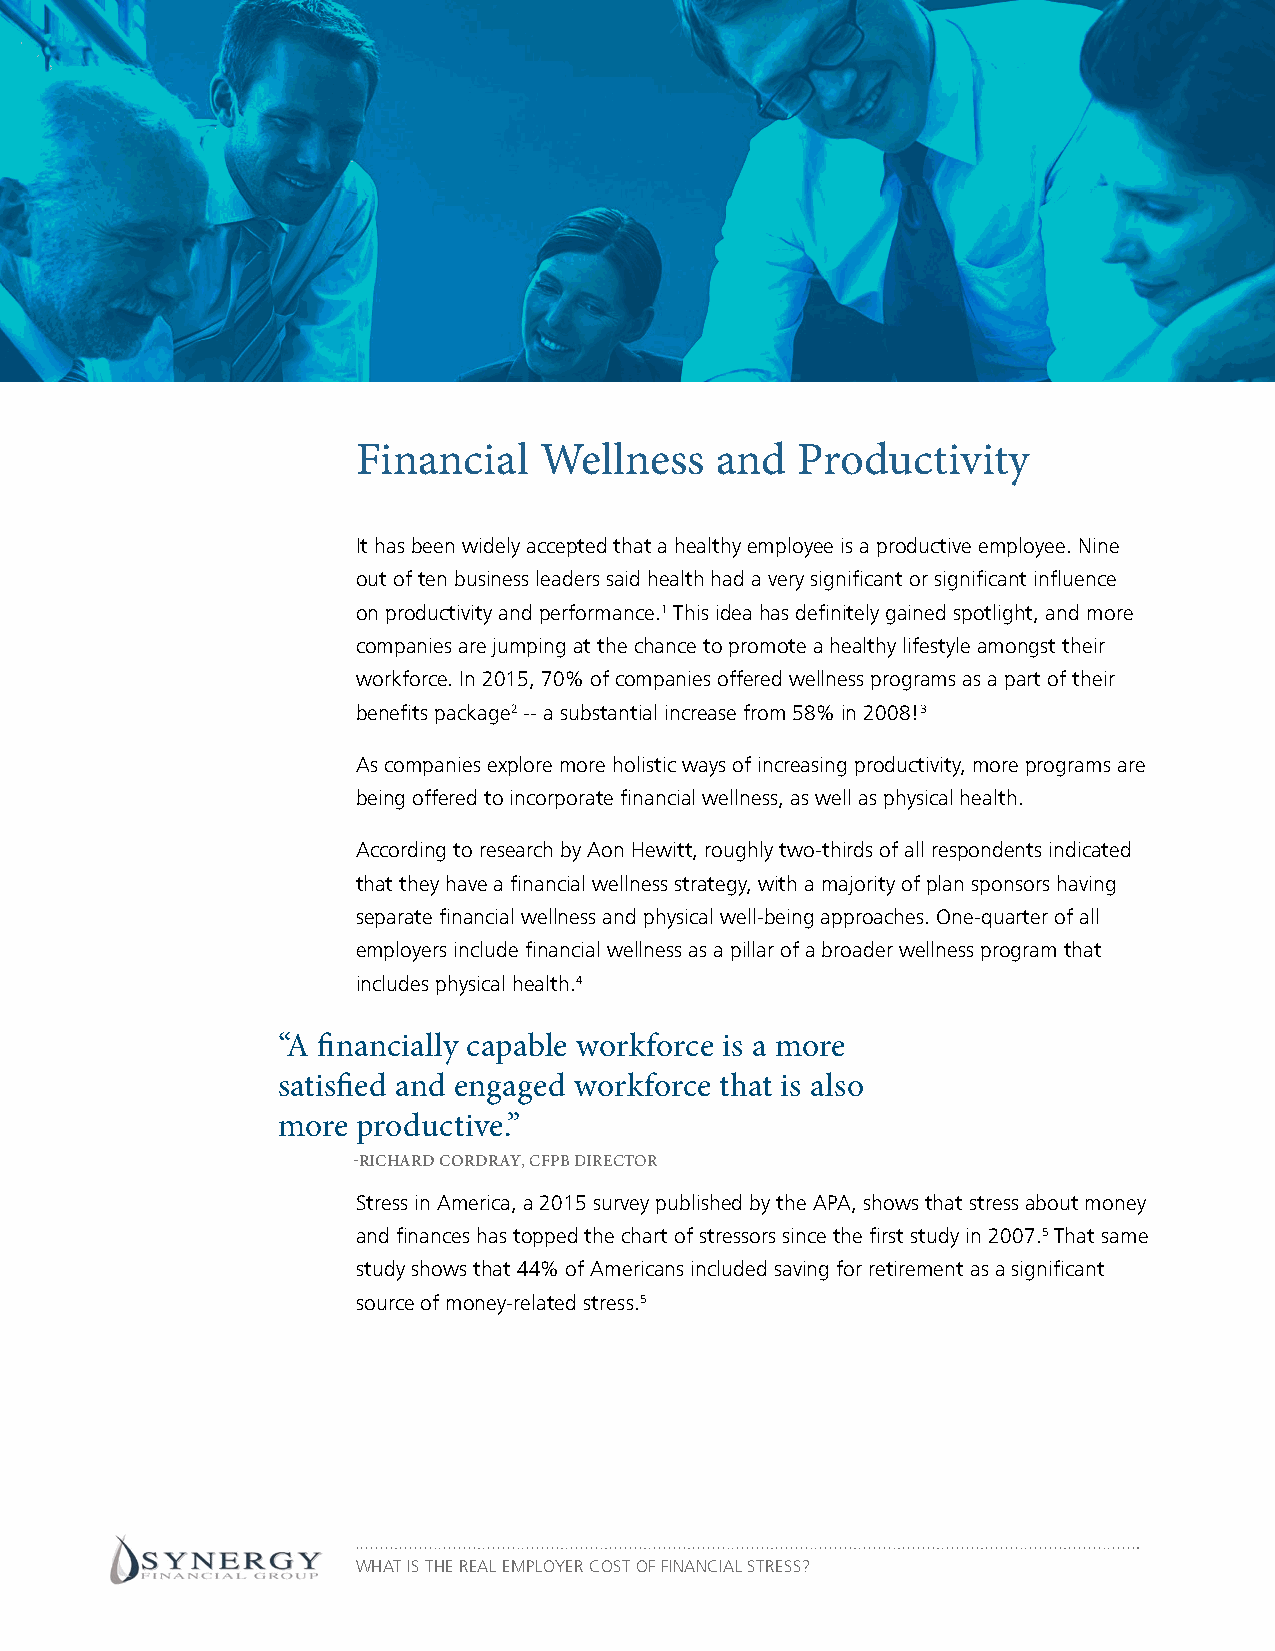
Financial   Wellness   and   Productivity
 It has been widely accepted that a healthy employee is a productive employee. Nine
 out of ten business leaders said health had a very significant or significant influence
 on productivity and performance.1 This idea has definitely gained spotlight, and more
 companies are jumping at the chance to promote a healthy lifestyle amongst their
 workforce. In 2015, 70% of companies offered wellness programs as a part of their
 benefits package2 -- a substantial increase from 58% in 2008!3
 As companies explore more holistic ways of increasing productivity, more programs are
 being offered to incorporate financial wellness, as well as physical health.
 According to research by Aon Hewitt, roughly two-thirds of all respondents indicated
 that they have a financial wellness strategy, with a majority of plan sponsors having
 separate financial wellness and physical well-being approaches. One-quarter of all
 employers include financial wellness as a pillar of a broader wellness program that
 includes physical health.4
 “A financially capable workforce is a more
 satisfied and engaged workforce that is also
 more  productive.”
 -RICHARD CORDRAY, CFPB DIRECTOR
 Stress in America, a 2015 survey published by the APA, shows that stress about money
 and finances has topped the chart of stressors since the first study in 2007.5 That same
 study shows that 44% of Americans included saving for retirement as a significant
 source of money-related stress.5
 WHAT IS THE REAL EMPLOYER COST OF FINANCIAL STRESS?